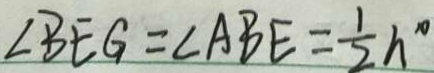
\angle B E G = \angle A B E = \frac { 1 } { 2 } h ^ { \circ }